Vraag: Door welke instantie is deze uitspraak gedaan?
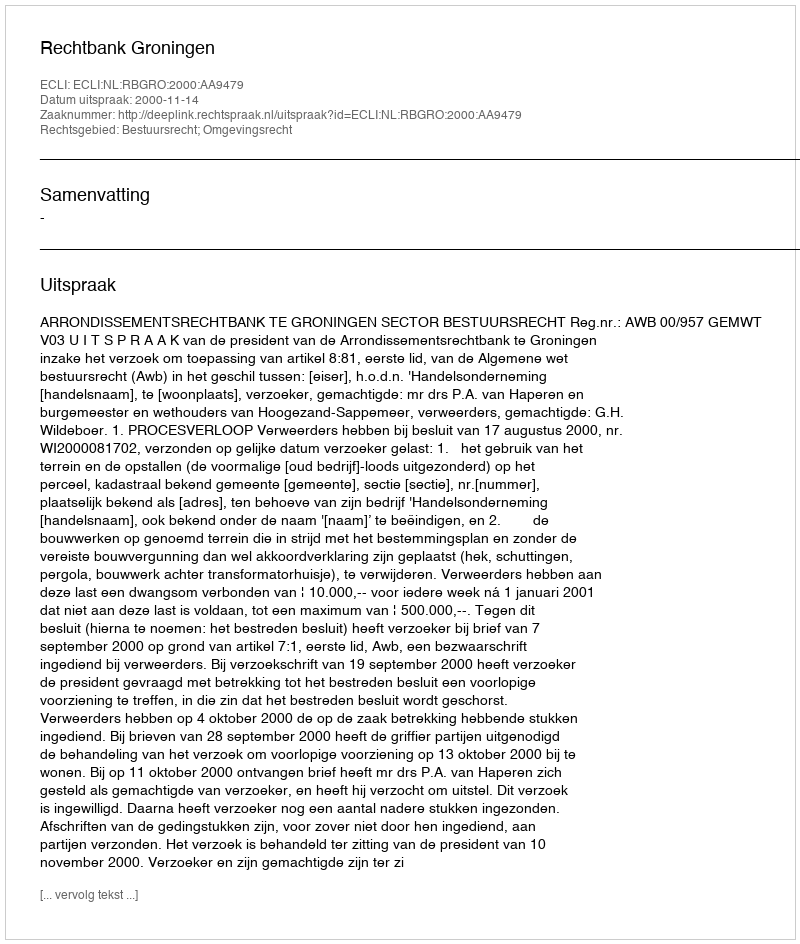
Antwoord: Rechtbank Groningen